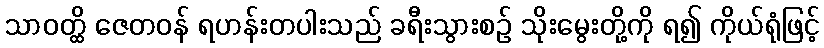
သာဝတ္ထိ ဇေတဝန် ရဟန်းတပါးသည် ခရီးသွားစဉ် သိုးမွေးတို့ကို ရ၍ ကိုယ်ရုံဖြင့်